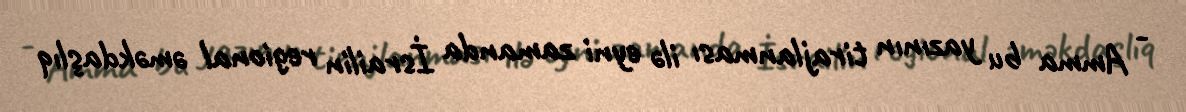
- Amma bu yazının tirajlanması ilə eyni zamanda İsrailin regional əməkdaşlıq